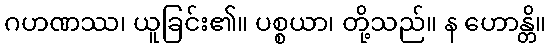
ဂဟဏဿ၊ ယူခြင်း၏။ ပစ္စယာ၊ တို့သည်။ န ဟောန္တိ။